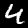
Label: 4